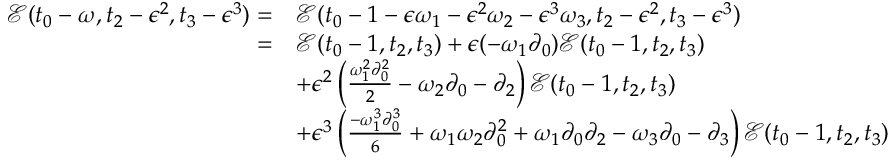
\begin{array} { r l } { \mathcal { E } ( t _ { 0 } - \omega , t _ { 2 } - \epsilon ^ { 2 } , t _ { 3 } - \epsilon ^ { 3 } ) = } & { \mathcal { E } ( t _ { 0 } - 1 - \epsilon \omega _ { 1 } - \epsilon ^ { 2 } \omega _ { 2 } - \epsilon ^ { 3 } \omega _ { 3 } , t _ { 2 } - \epsilon ^ { 2 } , t _ { 3 } - \epsilon ^ { 3 } ) } \\ { = } & { \mathcal { E } ( t _ { 0 } - 1 , t _ { 2 } , t _ { 3 } ) + \epsilon ( - \omega _ { 1 } \partial _ { 0 } ) \mathcal { E } ( t _ { 0 } - 1 , t _ { 2 } , t _ { 3 } ) } \\ & { + \epsilon ^ { 2 } \left( \frac { \omega _ { 1 } ^ { 2 } \partial _ { 0 } ^ { 2 } } { 2 } - \omega _ { 2 } \partial _ { 0 } - \partial _ { 2 } \right) \mathcal { E } ( t _ { 0 } - 1 , t _ { 2 } , t _ { 3 } ) } \\ & { + \epsilon ^ { 3 } \left( \frac { - \omega _ { 1 } ^ { 3 } \partial _ { 0 } ^ { 3 } } { 6 } + \omega _ { 1 } \omega _ { 2 } \partial _ { 0 } ^ { 2 } + \omega _ { 1 } \partial _ { 0 } \partial _ { 2 } - \omega _ { 3 } \partial _ { 0 } - \partial _ { 3 } \right) \mathcal { E } ( t _ { 0 } - 1 , t _ { 2 } , t _ { 3 } ) } \end{array}